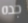
جده